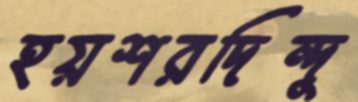
হয়শরদিন্দু